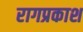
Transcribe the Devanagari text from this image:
रागप्रकाश